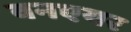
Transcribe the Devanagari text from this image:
वनएयर